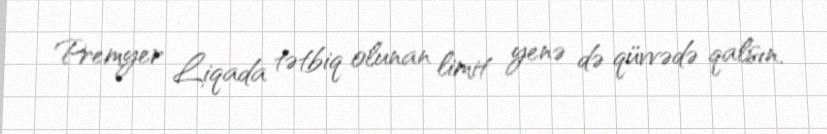
Premyer Liqada tətbiq olunan limit yenə də qüvvədə qalsın.